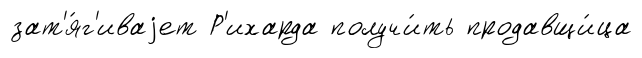
зат'я́г'иваjет Р'ихарда получи́ть продавщи́ца